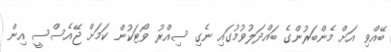
ބޭއްވި އަށް މެންބަރުންގެ ބައްދަލުވުމުގައި ނެގި ސިއްރު ވޯޓަކުން ކަމަށް ޖޭއެސްސީ އިން